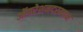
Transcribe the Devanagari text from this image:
ऑपरेशनदरम्यान